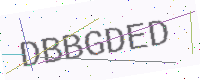
Text: DBBGDED